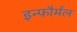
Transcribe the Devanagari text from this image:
इन्फौर्मल